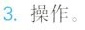
3.操作。